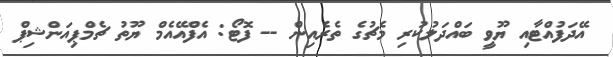
އޭދަފުއްޓާއި ޔޫވީ ބައްދަލުކުރި މެޗުގެ ތެރެއިން -- ފޮޓޯ: އެފްއޭއެމް ޔޫތު ޗެމްޕިއަންޝިޕް